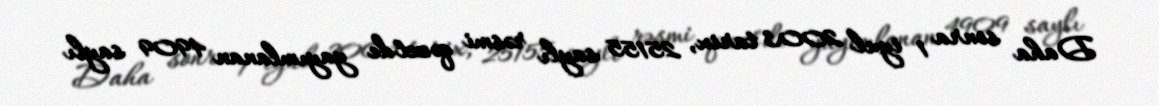
Daha sonra 1 iyul 2003 tarix, 25155 saylı rəsmi qəzet'de yayımlanan 4909 saylı